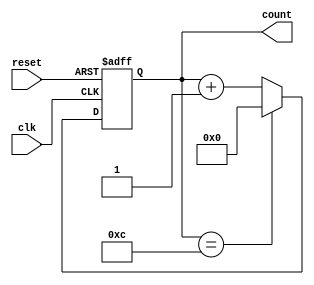
module contador_4bit_asc_lim12 (
  input clk, 
  input reset,
  output reg [3:0] count
);

  reg [3:0] next_count;

  always @(posedge clk or posedge reset) begin
    if (reset) begin
     
      count <= 4'b0000;
    end else begin
      
      count <= next_count;
    end
  end

  always @* begin
    
    if (count == 4'b1100) begin
      next_count = 4'b0000;
    end else begin
      next_count = count + 1; 
    end
  end

endmodule